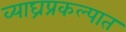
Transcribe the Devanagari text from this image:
व्याघ्रप्रकल्पात